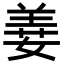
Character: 𦎕